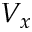
V _ { x }